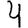
Digit: 4